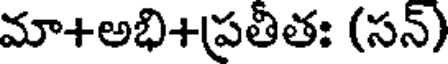
మా+అభి+ప్రతీతః (సన్)